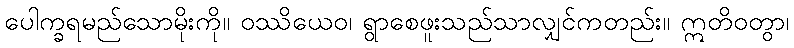
ပေါက္ခရမည်သောမိုးကို။ ဝဿိယေဝ၊ ရွာစေဖူးသည်သာလျှင်ကတည်း။ ဣတိဝတွာ၊